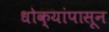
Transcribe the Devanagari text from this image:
धोक्यांपासून